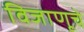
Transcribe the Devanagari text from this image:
विजाणूचे